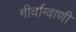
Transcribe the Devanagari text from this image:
गीर्वाग्वाणी